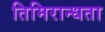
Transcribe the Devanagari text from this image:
तिमिरान्धता